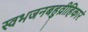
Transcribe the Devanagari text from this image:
स्वभजनबहुव्रीहिकारं